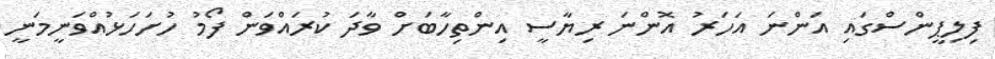
ފިލިޕީންސްގައި އަންނަ އަހަރު އޮންނަ ރިޔާސީ އިންތިހާބަށް ވާދަ ކުރައްވަން ފޯމު ހުށަހަޅުއްވަނީމަނީ